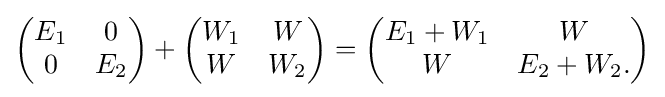
{\begin{pmatrix}E_{1}&0\\0&E_{2}\end{pmatrix}}+{\begin{pmatrix}W_{1}&W\\W&W_{2}\end{pmatrix}}={\begin{pmatrix}E_{1}+W_{1}&W\\W&E_{2}+W_{2}.\end{pmatrix}}